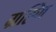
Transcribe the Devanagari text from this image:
ग्रह्णि